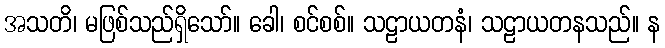
အသတိ၊ မဖြစ်သည်ရှိသော်။ ခေါ၊ စင်စစ်။ သဠာယတနံ၊ သဠာယတနသည်။ န